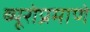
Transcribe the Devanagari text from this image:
ब्यूरोप्रमाणे